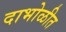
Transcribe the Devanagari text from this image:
दाभोळीत